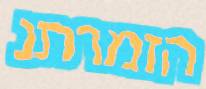
הזמרתנ